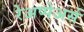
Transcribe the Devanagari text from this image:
रेअप्पेअर्स